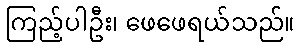
ကြည့်ပါဦး၊ ဖေဖေရယ်သည်။